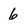
Character: 6